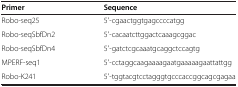
<table><thead><tr><td><b>Primer</b></td><td><b>Sequence</b></td></tr></thead><tbody><tr><td>Robo-seq25</td><td>5′-cgaactggtgagccccatgg</td></tr><tr><td>Robo-seqSbfDn2</td><td>5′-cacaatcttggactcaaagcggac</td></tr><tr><td>Robo-seqSbfDn4</td><td>5′-gatctcgcaaatgcaggctccagtg</td></tr><tr><td>MPERF-seq1</td><td>5′-cctaggcaagaaaagaatgaaaaagaattattgg</td></tr><tr><td>Robo-K241</td><td>5′-tggtacgtcctagggtgcccaccggcagcgagaa</td></tr></tbody></table>